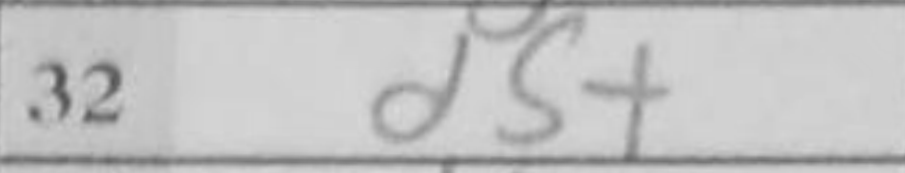
Transcription: d5+